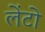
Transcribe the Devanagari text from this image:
लेंटो